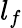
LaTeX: l_{f}